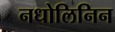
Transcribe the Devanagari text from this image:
नधोलिनिन